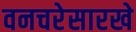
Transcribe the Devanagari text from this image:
वनचरेसारखे